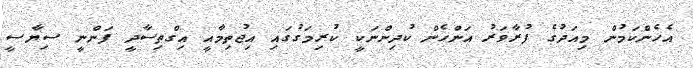
އެހެންކަމުން މިއަދުގެ ފުރާވަރު އަންހެން ކުދިންނަކީ ކުރިމަގުގައި އިޖުތިމާއީ އިގްތިސާދީ ފަންނީ ސިޔާސީ